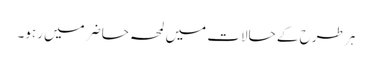
ہر طرح کے حالات میں لمحہ حاضر میں رہو۔